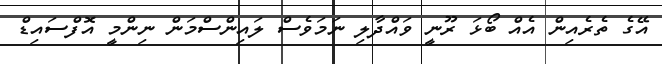
އޭގެ ތެެރެއިން އެއް ބޯޅަ ރޫނީ ވައްދާލި ނަމަވެސް ލައިންސްމަން ނިންމީ އޮފްސައިޑް